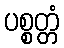
ပစ္စတ္တံ